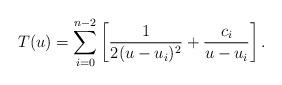
LaTeX: \begin{align*}T(u)=\sum_{i=0}^{n-2}\left[{1\over 2(u-u_i)^2}+{c_i\over u-u_i}\right].\end{align*}